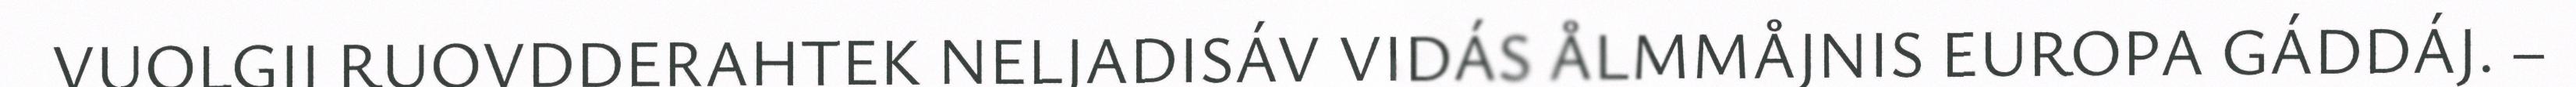
VUOLGIJ RUOVDDERAHTEK NELJADISÁV VIDÁS ÅLMMÅJNIS EUROPA GÁDDÁJ. –